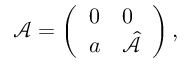
\mathcal { A } = \left( \begin{array} { l l } { 0 } & { \boldsymbol { 0 } } \\ { \boldsymbol { a } } & { \hat { \mathcal { A } } } \end{array} \right) ,